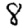
Digit: 8